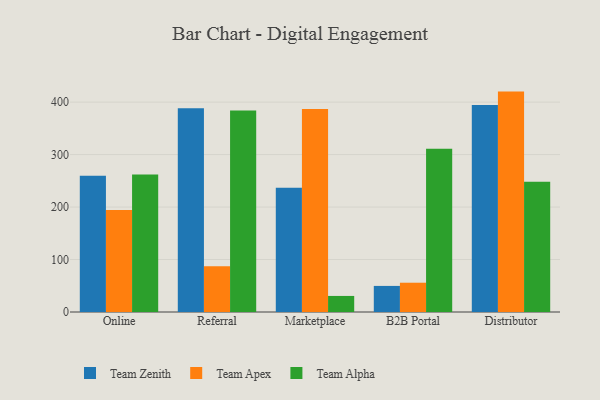
{"axis": {"x": "Channel", "y": "Conversion Rate (%)"}, "legend": ["Team Alpha", "Team Apex", "Team Zenith"], "data": [{"x": "Online", "y": 259.7, "type": "Team Zenith"}, {"x": "Online", "y": 194.3, "type": "Team Apex"}, {"x": "Online", "y": 261.9, "type": "Team Alpha"}, {"x": "Referral", "y": 388.2, "type": "Team Zenith"}, {"x": "Referral", "y": 87.3, "type": "Team Apex"}, {"x": "Referral", "y": 383.9, "type": "Team Alpha"}, {"x": "Marketplace", "y": 236.7, "type": "Team Zenith"}, {"x": "Marketplace", "y": 386.7, "type": "Team Apex"}, {"x": "Marketplace", "y": 30.6, "type": "Team Alpha"}, {"x": "B2B Portal", "y": 49.7, "type": "Team Zenith"}, {"x": "B2B Portal", "y": 55.8, "type": "Team Apex"}, {"x": "B2B Portal", "y": 311.2, "type": "Team Alpha"}, {"x": "Distributor", "y": 394.7, "type": "Team Zenith"}, {"x": "Distributor", "y": 420.0, "type": "Team Apex"}, {"x": "Distributor", "y": 248.1, "type": "Team Alpha"}]}